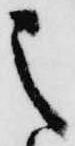
之